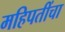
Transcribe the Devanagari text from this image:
महिपतींचा